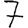
Digit: 7